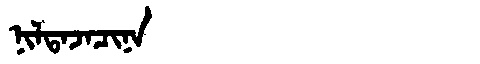
Manchu: ᠨᡳᠯᡨᠠᠵᠠᠴᡳᠨᠠ
Romanization: NILTAJACINA